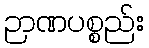
ဉာဏပစ္စည်း